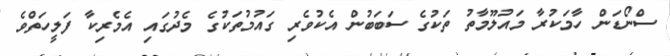
ސްނޯޑަން ހާމަކުރާ މައުލޫމާތު ތަކުގެ ސަބަބުން އެކުވެރި ގައުމުތަކުގެ މެދުގައި އެމެރިކާ ފަލީހަތްވެ